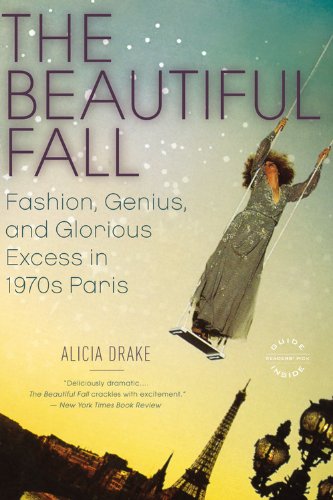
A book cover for The Beautiful Fall: Fashion, Genius, and Glorious Excess in 1970s Paris; Alicia Drake; Arts & Photography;